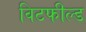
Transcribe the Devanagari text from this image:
विटफील्ड